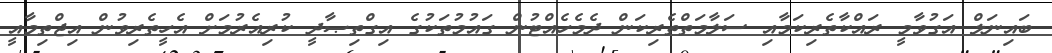
ބައިނަލް އަގުވާމީ ރައްކާތެރިކަމާއި ސަލާމަތްތެރިކަން ދެމެހެއްޓުން ގައުމުތަކުގެ އިގްތިޞާދީ ކުރިއެރުމަށް އެހީތެރިވުން އިޖްތިމާއީ